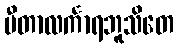
ပီတာလင်္ကာရဘူသိတေ